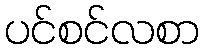
ပင်စင်လစာ